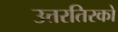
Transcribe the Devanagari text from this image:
उत्तरतिरको